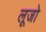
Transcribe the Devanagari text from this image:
लूजो